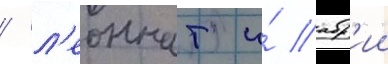
/ л'еоннат и́ абр'ии